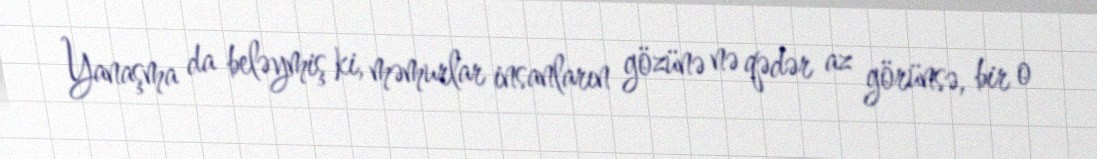
Yanaşma da beləymiş ki, məmurlar insanların gözünə nə qədər az görünsə, bir o